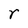
Character: r